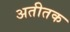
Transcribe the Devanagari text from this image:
अतीतक